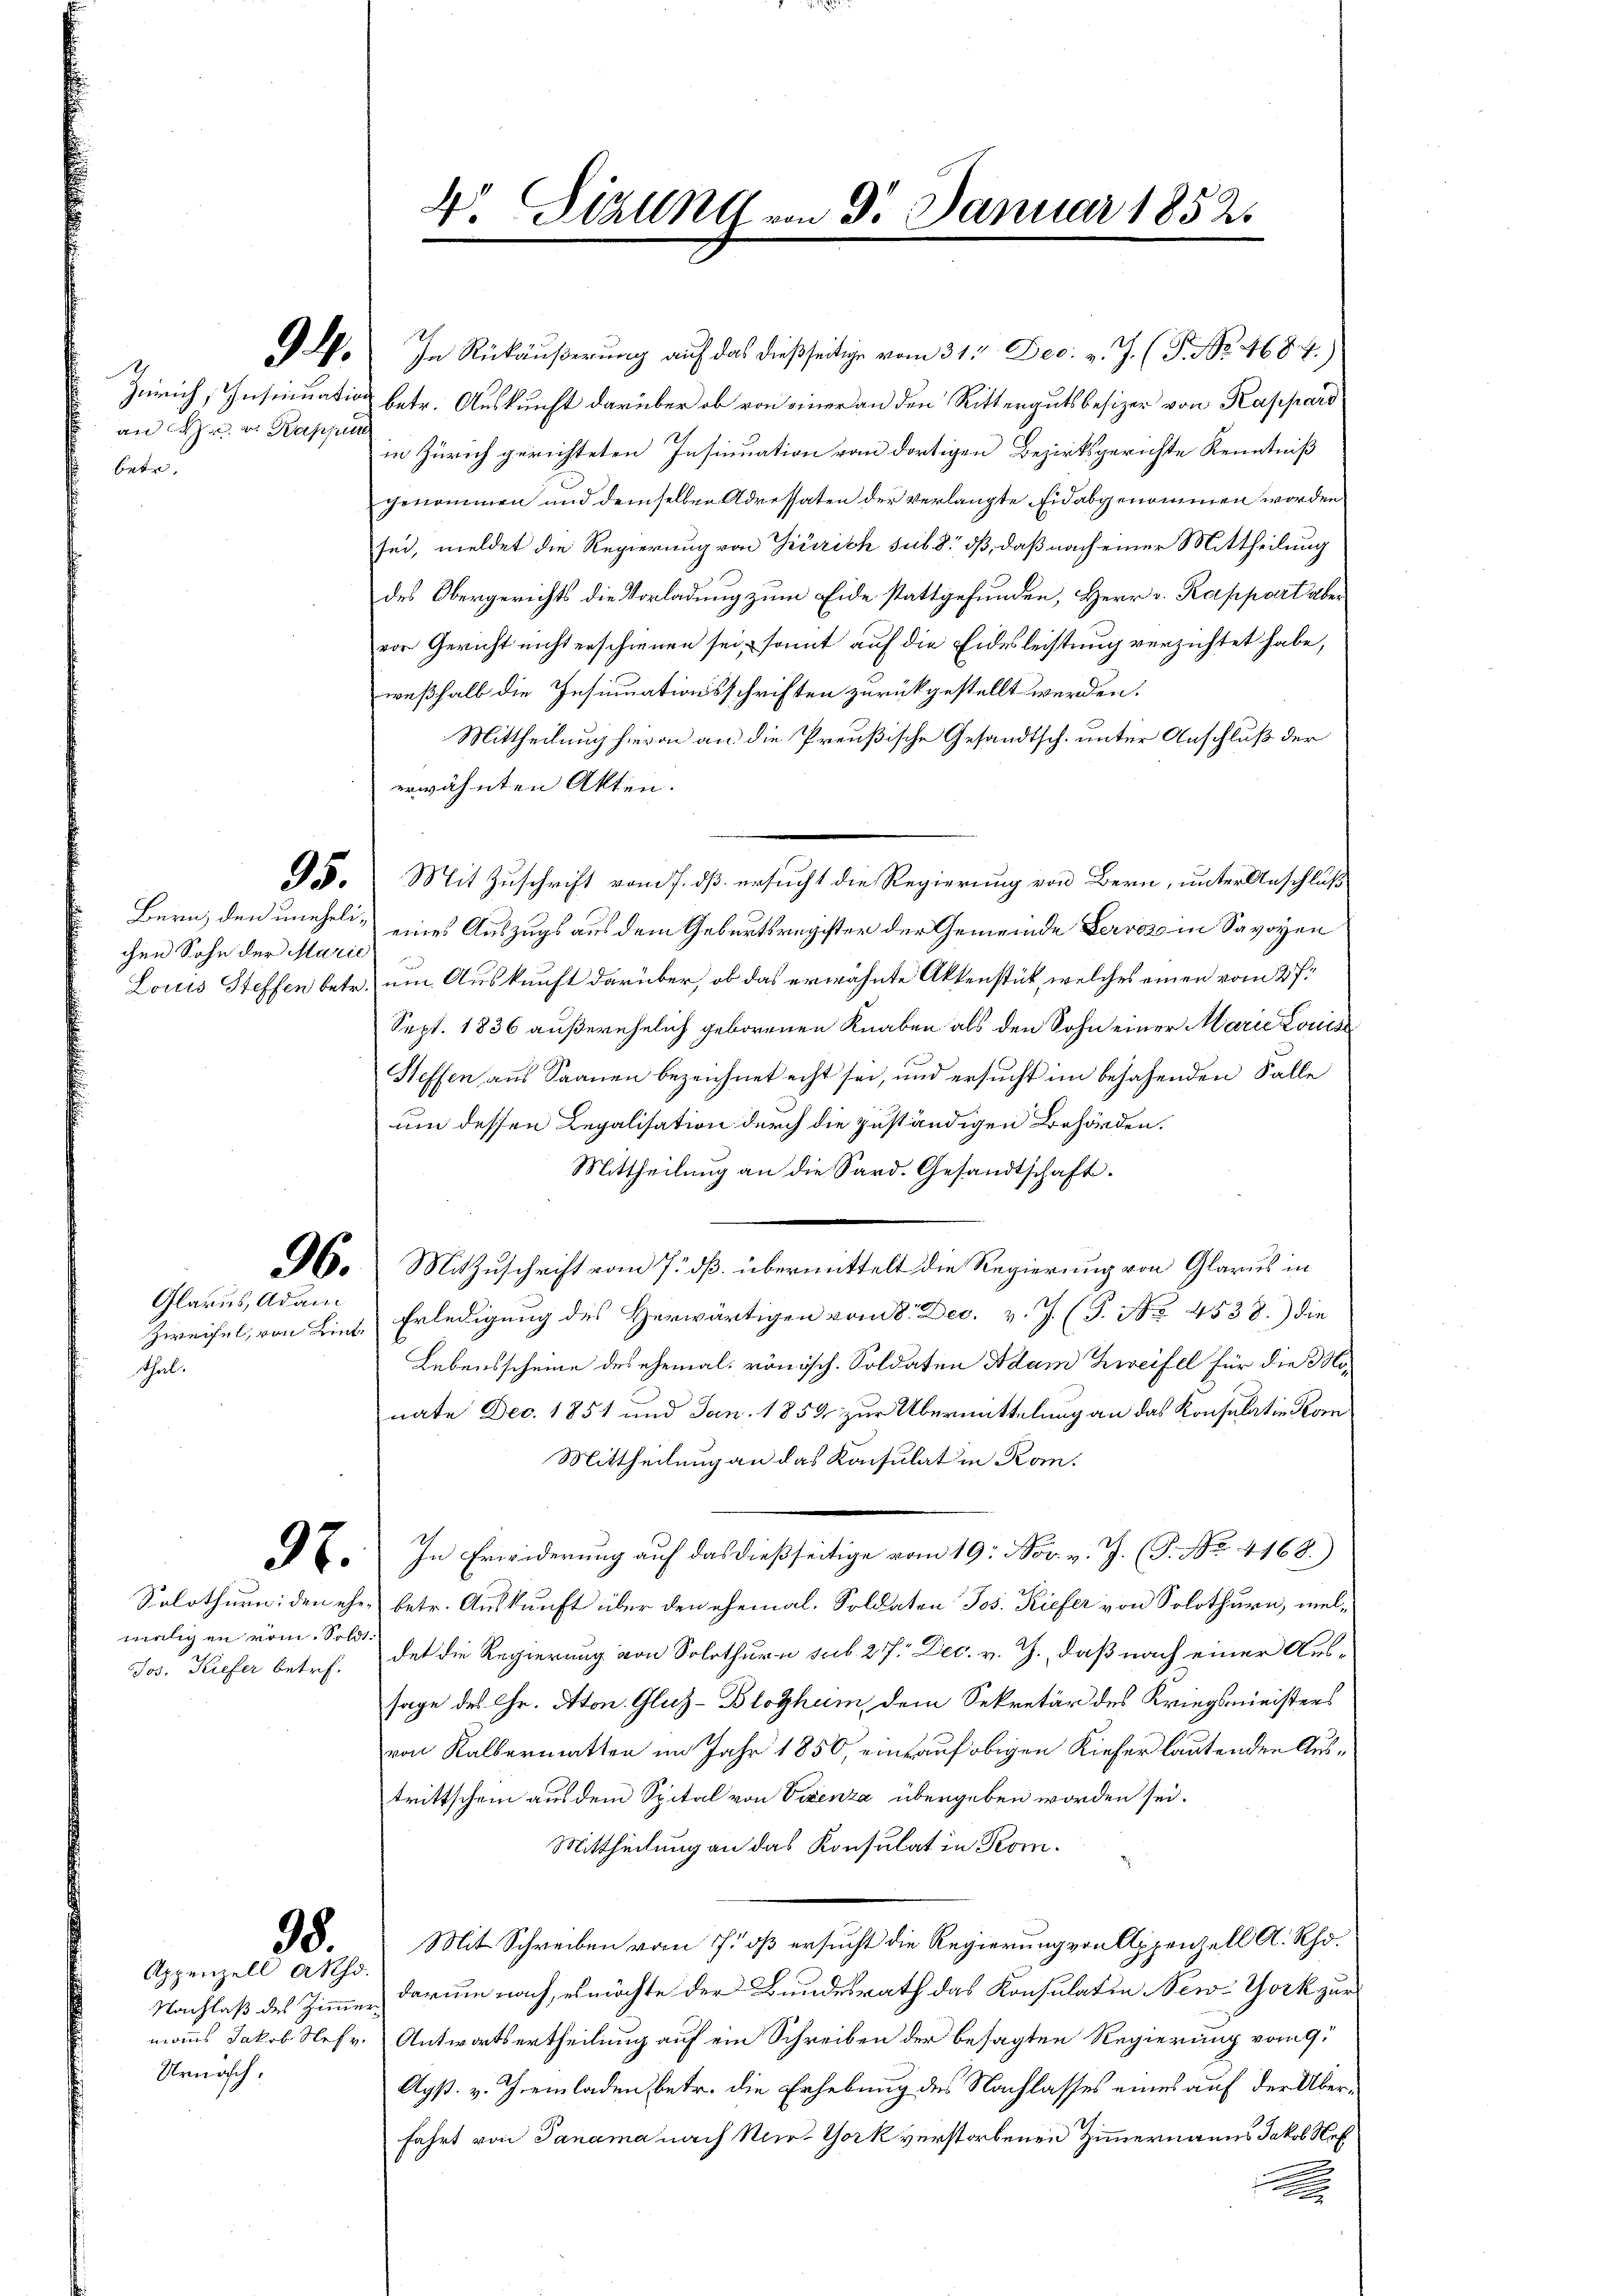
1
an M. v. Kappun
betr.

Bern, den unehelichen Sohn der Marie

Glarus, Adam
Thal.

mieligen vom Soldt¬

98.
Appenzell Akhd.

Nachlaß des Zimmer¬
Urnösch.

G. In Rückäußerung auf das dießseitige vom 317. Dec. v. J. (T. No. 4684.)
Zürich, Insinuation betr. Auskunft darüber ob von einer an den Rittergutsbesizer von Kapparo
in Zürich gerichteten Insinuation von dortigen Bezirksgerichte Kenntniß
genommen und demselben Adressaten der verlangte Eid abgenommen worden
sei, meldet die Regierung von Zürich sub 8 dß, daß nach einer Mittheilung
des Obergerichts die Vorladung zum Eide stattgefunden, Herr v. Rappart aber
vor Gericht nicht erschienen sei, somit auf die Eidesleistung verzichtet habe,
weßhalb die Insinuationsschriften zurückgestellt werden.
Mittheilung hievon an die Preußische Gesandtsch. unter Anschluß der
erwähnten Akten.
G. Mit Zuschrift vom 7. dß ersucht die Regierung von Bern, unter Anschluß
eines Auszugs aus dem Geburtsregister der Gemeinde Gervor in Savoyen
Louis Steffen betr. um Auskunft darüber, ob das erwähnte Aktenstück, welches einen vom 27.
Sept. 1836 außerehelich geborenen Knaben als den Sohn einer Marie Louis
Steffen aus Saanen bezeichnet echt sei, und ersucht im besahenden Falle
um dessen Legalisation durch die zuständigen Behörden.
Mittheilung an die Sard. Gesandtschaft.
96. Mit Zuschrift vom 7. dß. übermittelt die Regierung von Glarus in
Zweifel, von Lint. Erledigung des Herwärtigen vom 8. Dec. v. J. (T. No 4538.) die
Lebensscheine des ehemal römisch. Soldaten Adam Zweifel für die Monate Dec. 1851 und Jan. 1859 zur Übermittelung an das Konsulatin Kom
Mittheilung an das Konsulat in Kon¬
E. In Erwiderung auf das dießseitige vom 19. Nov. v. J. (T. No. 4168.)
Solothurn, den ehe betr. Auskunft über den ehemal. Soldaten Jos. Kiefer von Solothurn, mel¬
Jos. Kiefer betr. dat die Regierung von Solothurn sub 277. Dec. v. J., daß nach einer Aussage des Gr. Aton. Glutz-Blothum, dem Sekretär des Kriegsministers
von Kalbermatten im Jahr 1850, einrauf obigen Kiefer lautenden Austrittschein aus dem Spital von Vizenza übergeben worden sei.
Mittheilung an das Konsulat in Kom¬
Mit Schreiben vom 7. dß ersucht die Regierung von Appenzell A. Rhodarum nach, ermöchte der Bundesrath das Konsulatin New-York zur
manns Jakob Nefr. Antwortsertheilung auf ein Schreiben der besagten Regierung vom 9.
Ags. v. Gremladen betr. die Erhebung des Nachlasses eines auf der Überfahrt von Panama nach Nir- York verstorbenen Zimmermanns Jakob Nef¬
.

4. Sizung von 3. Januar 1852.